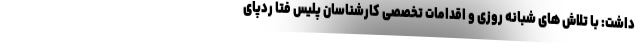
داشت: با تلاش های شبانه روزی و اقدامات تخصصی کارشناسان پلیس فتا ردپای